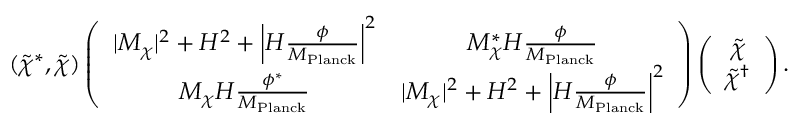
( \tilde { \chi } ^ { * } , \tilde { \chi } ) \left( \begin{array} { c c } { { | M _ { \chi } | ^ { 2 } + H ^ { 2 } + \left| H \frac { \phi } { M _ { \mathrm { P l a n c k } } } \right| ^ { 2 } } } & { { M _ { \chi } ^ { * } H \frac { \phi } { M _ { \mathrm { P l a n c k } } } } } \\ { { M _ { \chi } H \frac { \phi ^ { * } } { M _ { \mathrm { P l a n c k } } } } } & { { | M _ { \chi } | ^ { 2 } + H ^ { 2 } + \left| H \frac { \phi } { M _ { \mathrm { P l a n c k } } } \right| ^ { 2 } } } \end{array} \right) \left( \begin{array} { c } { { \tilde { \chi } } } \\ { { \tilde { \chi } ^ { \dagger } } } \end{array} \right) .